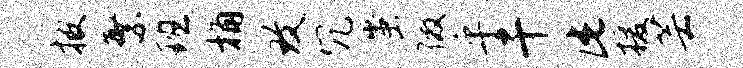
披繁班桷致冗蚩徼乎干此援芸